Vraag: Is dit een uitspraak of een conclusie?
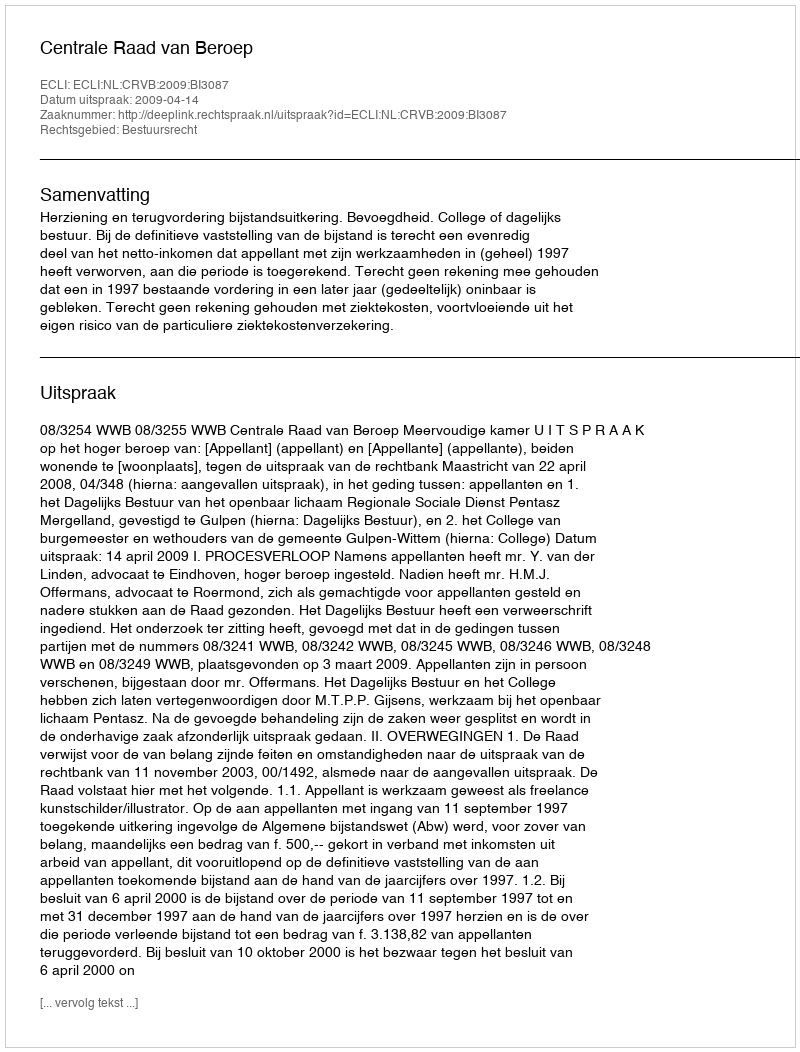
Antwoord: Uitspraak